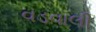
વડવાલી